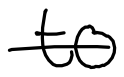
Text: to
Cross-out: single-line
Writing tool: digital_black